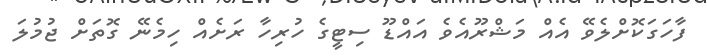
ފާހަގަކޮށްލެވޭ އެއް މަޝްރޫއެވެ އައްޑޫ ސިޓީގެ ހުރިހާ ރަށެއް ހިމެނޭ ގޮތަށް ޖުމުލަ